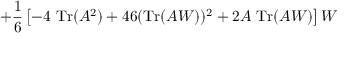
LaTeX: + \frac 1 6 \left[ - 4 \ \mathrm { T r } ( A ^ { 2 } ) + 4 6 ( \mathrm { T r } ( A W ) ) ^ { 2 } + 2 A \ \mathrm { T r } ( A W ) \right] W